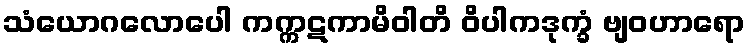
သံယောဂလောပေါ ကက္ကဋကာမိဝါတိ ဝိပါကဒုက္ခံ ဗျဝဟာရော